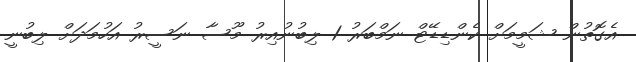
އެގޮތުން ޝަމީމަށް ކެންޑިޑޭޓް ނަމްބަރު 1 ލިބުނުއިރު މޫސާ ނަސީރު އަހުމަދަށް ލިބުނީ